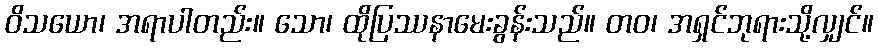
ဝိသယော၊ အရာပါတည်း။ သော၊ ထိုပြဿနာမေးခွန်းသည်။ တဝ၊ အရှင်ဘုရားသို့လျှင်။